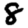
Digit: 8